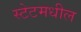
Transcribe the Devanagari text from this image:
स्टेटमधील